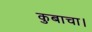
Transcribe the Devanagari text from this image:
कुबाचा।